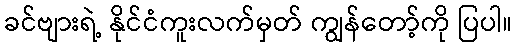
ခင်ဗျားရဲ့ နိုင်ငံကူးလက်မှတ် ကျွန်တော့်ကို ပြပါ။